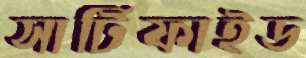
সার্টিফাইড